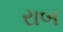
રાબ